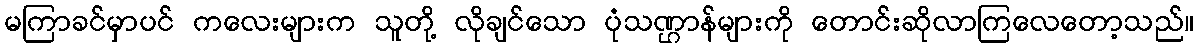
မကြာခင်မှာပင် ကလေးများက သူတို့ လိုချင်သော ပုံသဏ္ဌာန်များကို တောင်းဆိုလာကြလေတော့သည်။